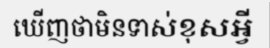
ឃើញថាមិនទាស់ខុសអ្វី